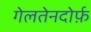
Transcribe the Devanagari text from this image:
गेलतेनदोर्फ़